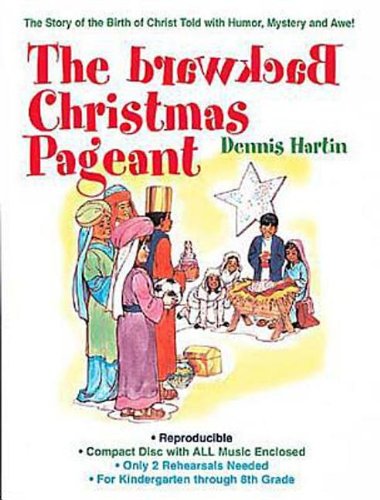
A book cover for The Backward Christmas Pageant; Dennis Hartin; Literature & Fiction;